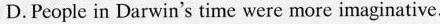
D.People in Darwin's time were more imaginative.